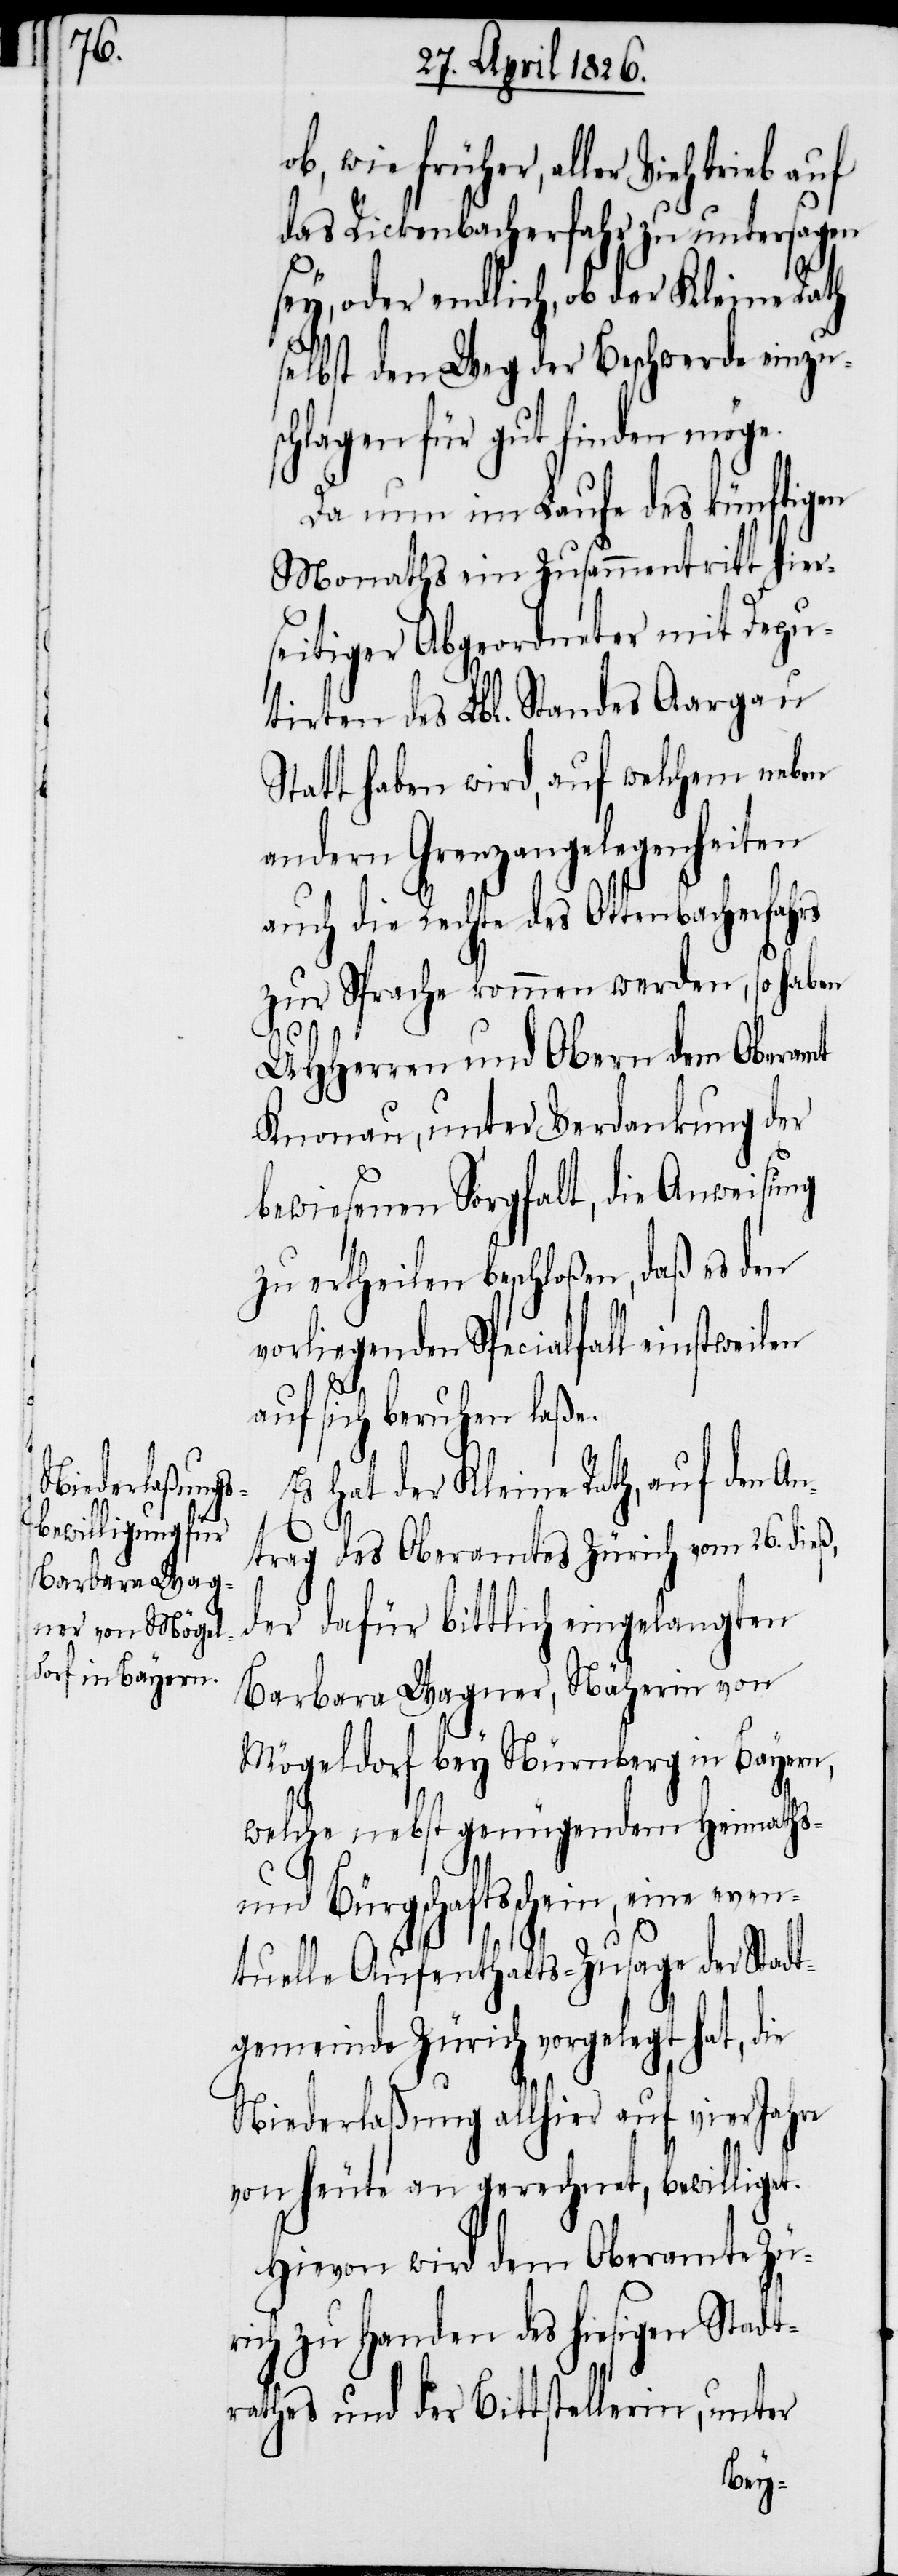
ob, wie früher, aller Viehtrieb auf
das Rickenbacherfahr zu untersagen
sey, oder endlich, ob der Kleine Rath
selbst den Weg der Beschwerde einzus¬
chlagen für gut finden mögen.
Da nun im Laufe des künftigen
Monaths ein Zusammentritt hier¬
seitiger Abgeordneter mit Depu¬
tirten des Lbl. Standes Aargau
Statt haben wird, auf welchem neben
andern Grenzangelegenheiten
auch die Rechte des Ottenbacherfahrs
zur Sprache kommen werden, so haben
UHHerren und Obern dem Oberamt
Knonau, unter Verdankung der
bewiesenen Sorgfalt, die Anweisung
zu ertheilen beschloßen, daß es den
vorliegenden Spezialfall einstweilen
auf sich beruhen laße.
Es hat der Kleine Rath, auf den An¬
trag des Oberamtes Zürich vom 26. dieß,
der dafür bittlich eingelangten
Barbara Wagner, Näherin von
Mögeldorf bey Nürnberg in Bayern,
welche nebst genügendem Heimaths-
und Bürgschaftsschein, eine even¬
tuelle Aufenthalts-Zusage der Stadt¬
gemeinde Zürich vorgelegt hat, die
Niederlaßung allhier auf vier Jahre
von heute an gerechnet, bewilliget.
Hievon wird dem Oberamte Zü¬
rich zu Handen des hiesigen Stadt¬
rathes und der Bittstellerin, unter